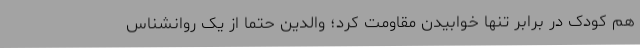
هم کودک در برابر تنها خوابیدن مقاومت کرد؛ والدین حتما از یک روانشناس